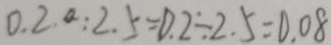
0 . 2 . a : 2 . 5 = 0 . 2 \div 2 . 5 = 0 . 0 8